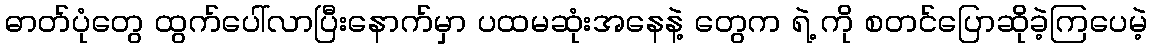
ဓာတ်ပုံတွေ ထွက်ပေါ်လာပြီးနောက်မှာ ပထမဆုံးအနေနဲ့ တွေက ရဲ့ ကို စတင်ပြောဆိုခဲ့ကြပေမဲ့